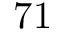
7 1